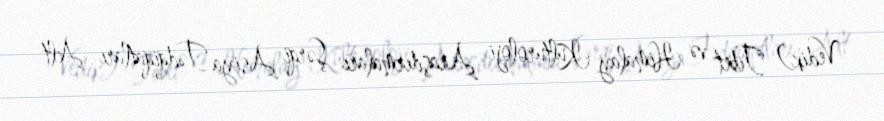
Vedik) Tibet və Himalay Kulturoloji Araşdırmaları Şərqi Asiya Tədqiqatları Alt